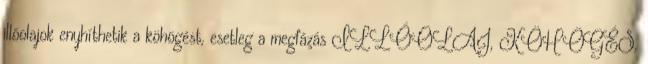
illóolajok enyhíthetik a köhögést, esetleg a megfázás ILLÓOLAJ, KÖHÖGÉS,